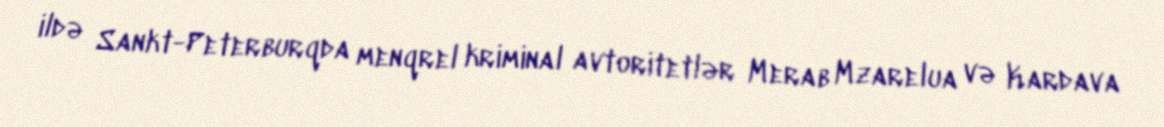
ildə Sankt-Peterburqda menqrel kriminal avtoritetlər Merab Mzarelua və Kardava